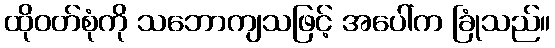
ထိုဝတ်စုံကို သဘောကျသဖြင့် အပေါ်က ခြုံသည်။